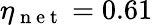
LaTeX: \eta_{\mathrm{~n~e~t~}}=0.61